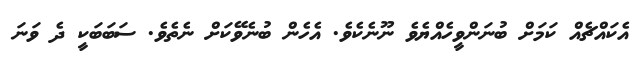
އެކައްޗެއް ކަމަށް ބުނަންވީހެއްޔެވެ ނޫނެކެވެ. އެހެން ބުނެވޭކަށް ނެތެވެ. ސަބަބަކީ ދެ ވަނަ